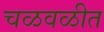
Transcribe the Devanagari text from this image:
चळवळीत